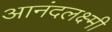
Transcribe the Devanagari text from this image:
आनंदलक्ष्मी